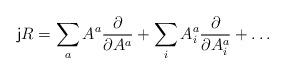
LaTeX: \begin{align*}{\sf j}R=\sum_aA^a\frac{\partial}{\partial A^a}+\sum_iA^a_i\frac{\partial}{\partial A^a_i}+\dots\end{align*}